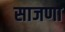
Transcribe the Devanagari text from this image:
साजणा